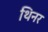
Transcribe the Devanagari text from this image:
थिनर